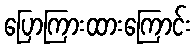
ပြောကြားထားကြောင်း